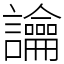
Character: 讑